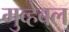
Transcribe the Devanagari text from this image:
मुव्हेबल